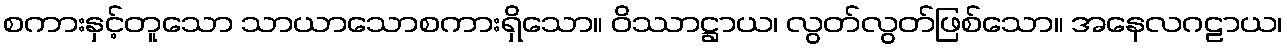
စကားနှင့်တူသော သာယာသောစကားရှိသော။ ဝိဿာဋ္ဌာယ၊ လွတ်လွတ်ဖြစ်သော။ အနေလဂဠာယ၊